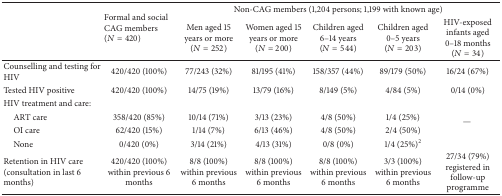
| <ROWSPAN=2>  | <ROWSPAN=2> Formal and social CAG members (N = 420) | <COLSPAN=5> Non-CAG members (1,204 persons; 1,199 with known age) |
 | Men aged 15 years or more (N = 252) | Women aged 15 years or more (N = 200) | Children aged 6–14 years (N = 544) | Children aged 0–5 years (N = 203) | HIV-exposed infants aged 0–18 months (N = 34) |
 | --- | --- | --- | --- | --- | --- | --- |
 | Counselling and testing for HIV | 420/420 (100%) | 77/243 (32%) | 81/195 (41%) | 158/357 (44%) | 89/179 (50%) | 16/24 (67%) |
 | Tested HIV positive | 420/420 (100%) | 14/75 (19%) | 13/79 (16%) | 8/149 (5%) | 4/84 (5%) | 0/14 (0%) |
 | HIV treatment and care: |  |  |  |  |  | <ROWSPAN=4> — |
 | ART care | 358/420 (85%) | 10/14 (71%) | 3/13 (23%) | 4/8 (50%) | 1/4 (25%) |
 | OI care | 62/420 (15%) | 1/14 (7%) | 6/13 (46%) | 4/8 (50%) | 2/4 (50%) |
 | None | 0/420 (0%) | 3/14 (21%) | 4/13 (31%) | 0/8 (0%) | 1/4 (25%)2 |
 | Retention in HIV care (consultation in last 6 months) | 420/420 (100%) within previous 6 months | 8/8 (100%) within previous 6 months | 8/8 (100%) within previous 6 months | 8/8 (100%) within previous 6 months | 3/3 (100%) within previous 6 months | 27/34 (79%) registered in follow-up programme |